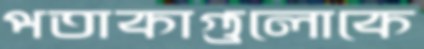
পতাকাগুলোকে